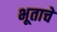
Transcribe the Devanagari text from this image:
भूताचे